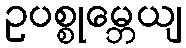
ဥပစ္စုမ္ဘေယျ